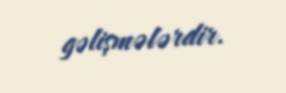
gəlişmələrdir.